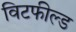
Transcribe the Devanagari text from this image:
विटफील्ड